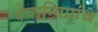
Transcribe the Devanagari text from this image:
देवान्विप्रांश्च